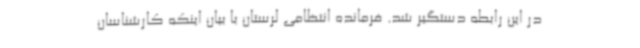
در این رابطه دستگیر شد. فرمانده انتظامی لرستان با بیان اینکه کارشناسان